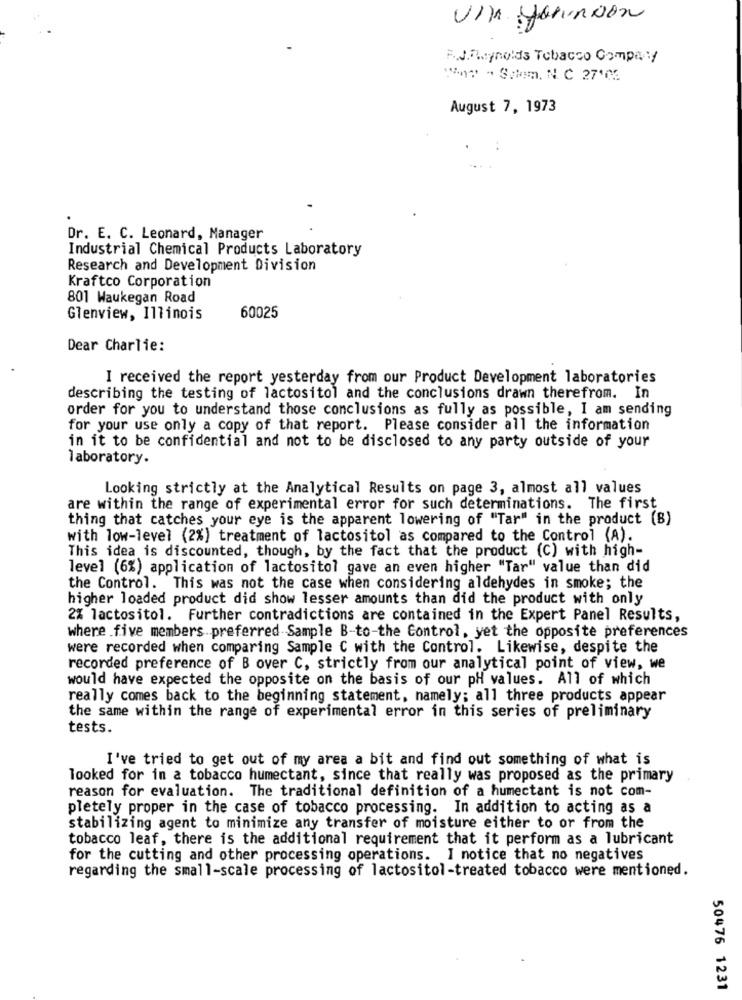
VI Johnson
F.J.Reynolds Tobacco Company
nr - Salem. N. C 27106
August 7, 1973
Dr. E. C. Leonard, Manager
Industrial Chemical Products Laboratory
Research and Development Division
Kraftco Corporation
801 Waukegan Road
Glenview, Illinois
60025
Dear Charlie:
I received the report yesterday from our Product Development laboratories
describing the testing of lactositol and the conclusions drawn therefrom. In
order for you to understand those conclusions as fully as possible, I am sending
for your use only a copy of that report. Please consider all the information
in it to be confidential and not to be disclosed to any party outside of your
laboratory.
Looking strictly at the Analytical Results on page 3, almost all values
are within the range of experimental error for such determinations. The first
thing that catches your eye is the apparent lowering of "Tar" in the product (B)
with low-level (2%) treatment of lactositol as compared to the Control (A).
This idea is discounted, though, by the fact that the product (C) with high-
level (6%) application of lactositol gave an even higher "Tar" value than did
the Control. This was not the case when considering aldehydes in smoke; the
higher loaded product did show lesser amounts than did the product with only
2% lactositol. Further contradictions are contained in the Expert Panel Results,
where .five members preferred Sample B-to-the Control, yet the opposite preferences
were recorded when comparing Sample C with the Control. Likewise, despite the
recorded preference of B over C, strictly from our analytical point of view, we
would have expected the opposite on the basis of our pH values. All of which
really comes back to the beginning statement, namely; all three products appear
the same within the range of experimental error in this series of preliminary
tests.
I've tried to get out of my area a bit and find out something of what is
looked for in a tobacco humectant, since that really was proposed as the primary
reason for evaluation. The traditional definition of a humectant is not com-
pletely proper in the case of tobacco processing. In addition to acting as a
stabilizing agent to minimize any transfer of moisture either to or from the
tobacco leaf, there is the additional requirement that it perform as a lubricant
for the cutting and other processing operations. I notice that no negatives
regarding the small-scale processing of lactositol-treated tobacco were mentioned.
50476 1231